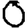
Digit: 0